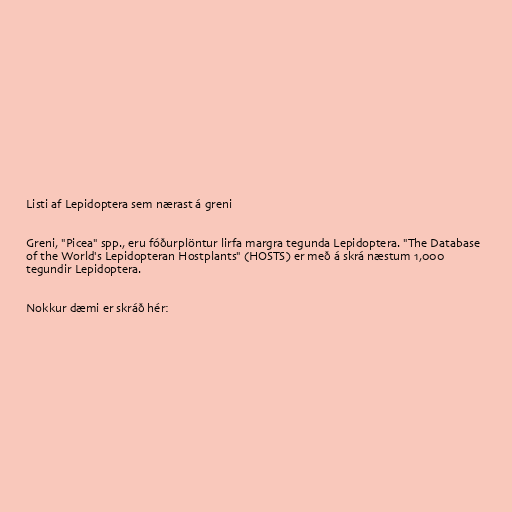
Listi af Lepidoptera sem nærast á greni

Greni, "Picea" spp., eru fóðurplöntur lirfa margra tegunda Lepidoptera. "The Database
of the World's Lepidopteran Hostplants" (HOSTS) er með á skrá næstum 1,000
tegundir Lepidoptera.

Nokkur dæmi er skráð hér: